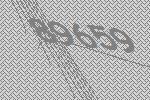
89659